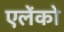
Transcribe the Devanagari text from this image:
एलेंको